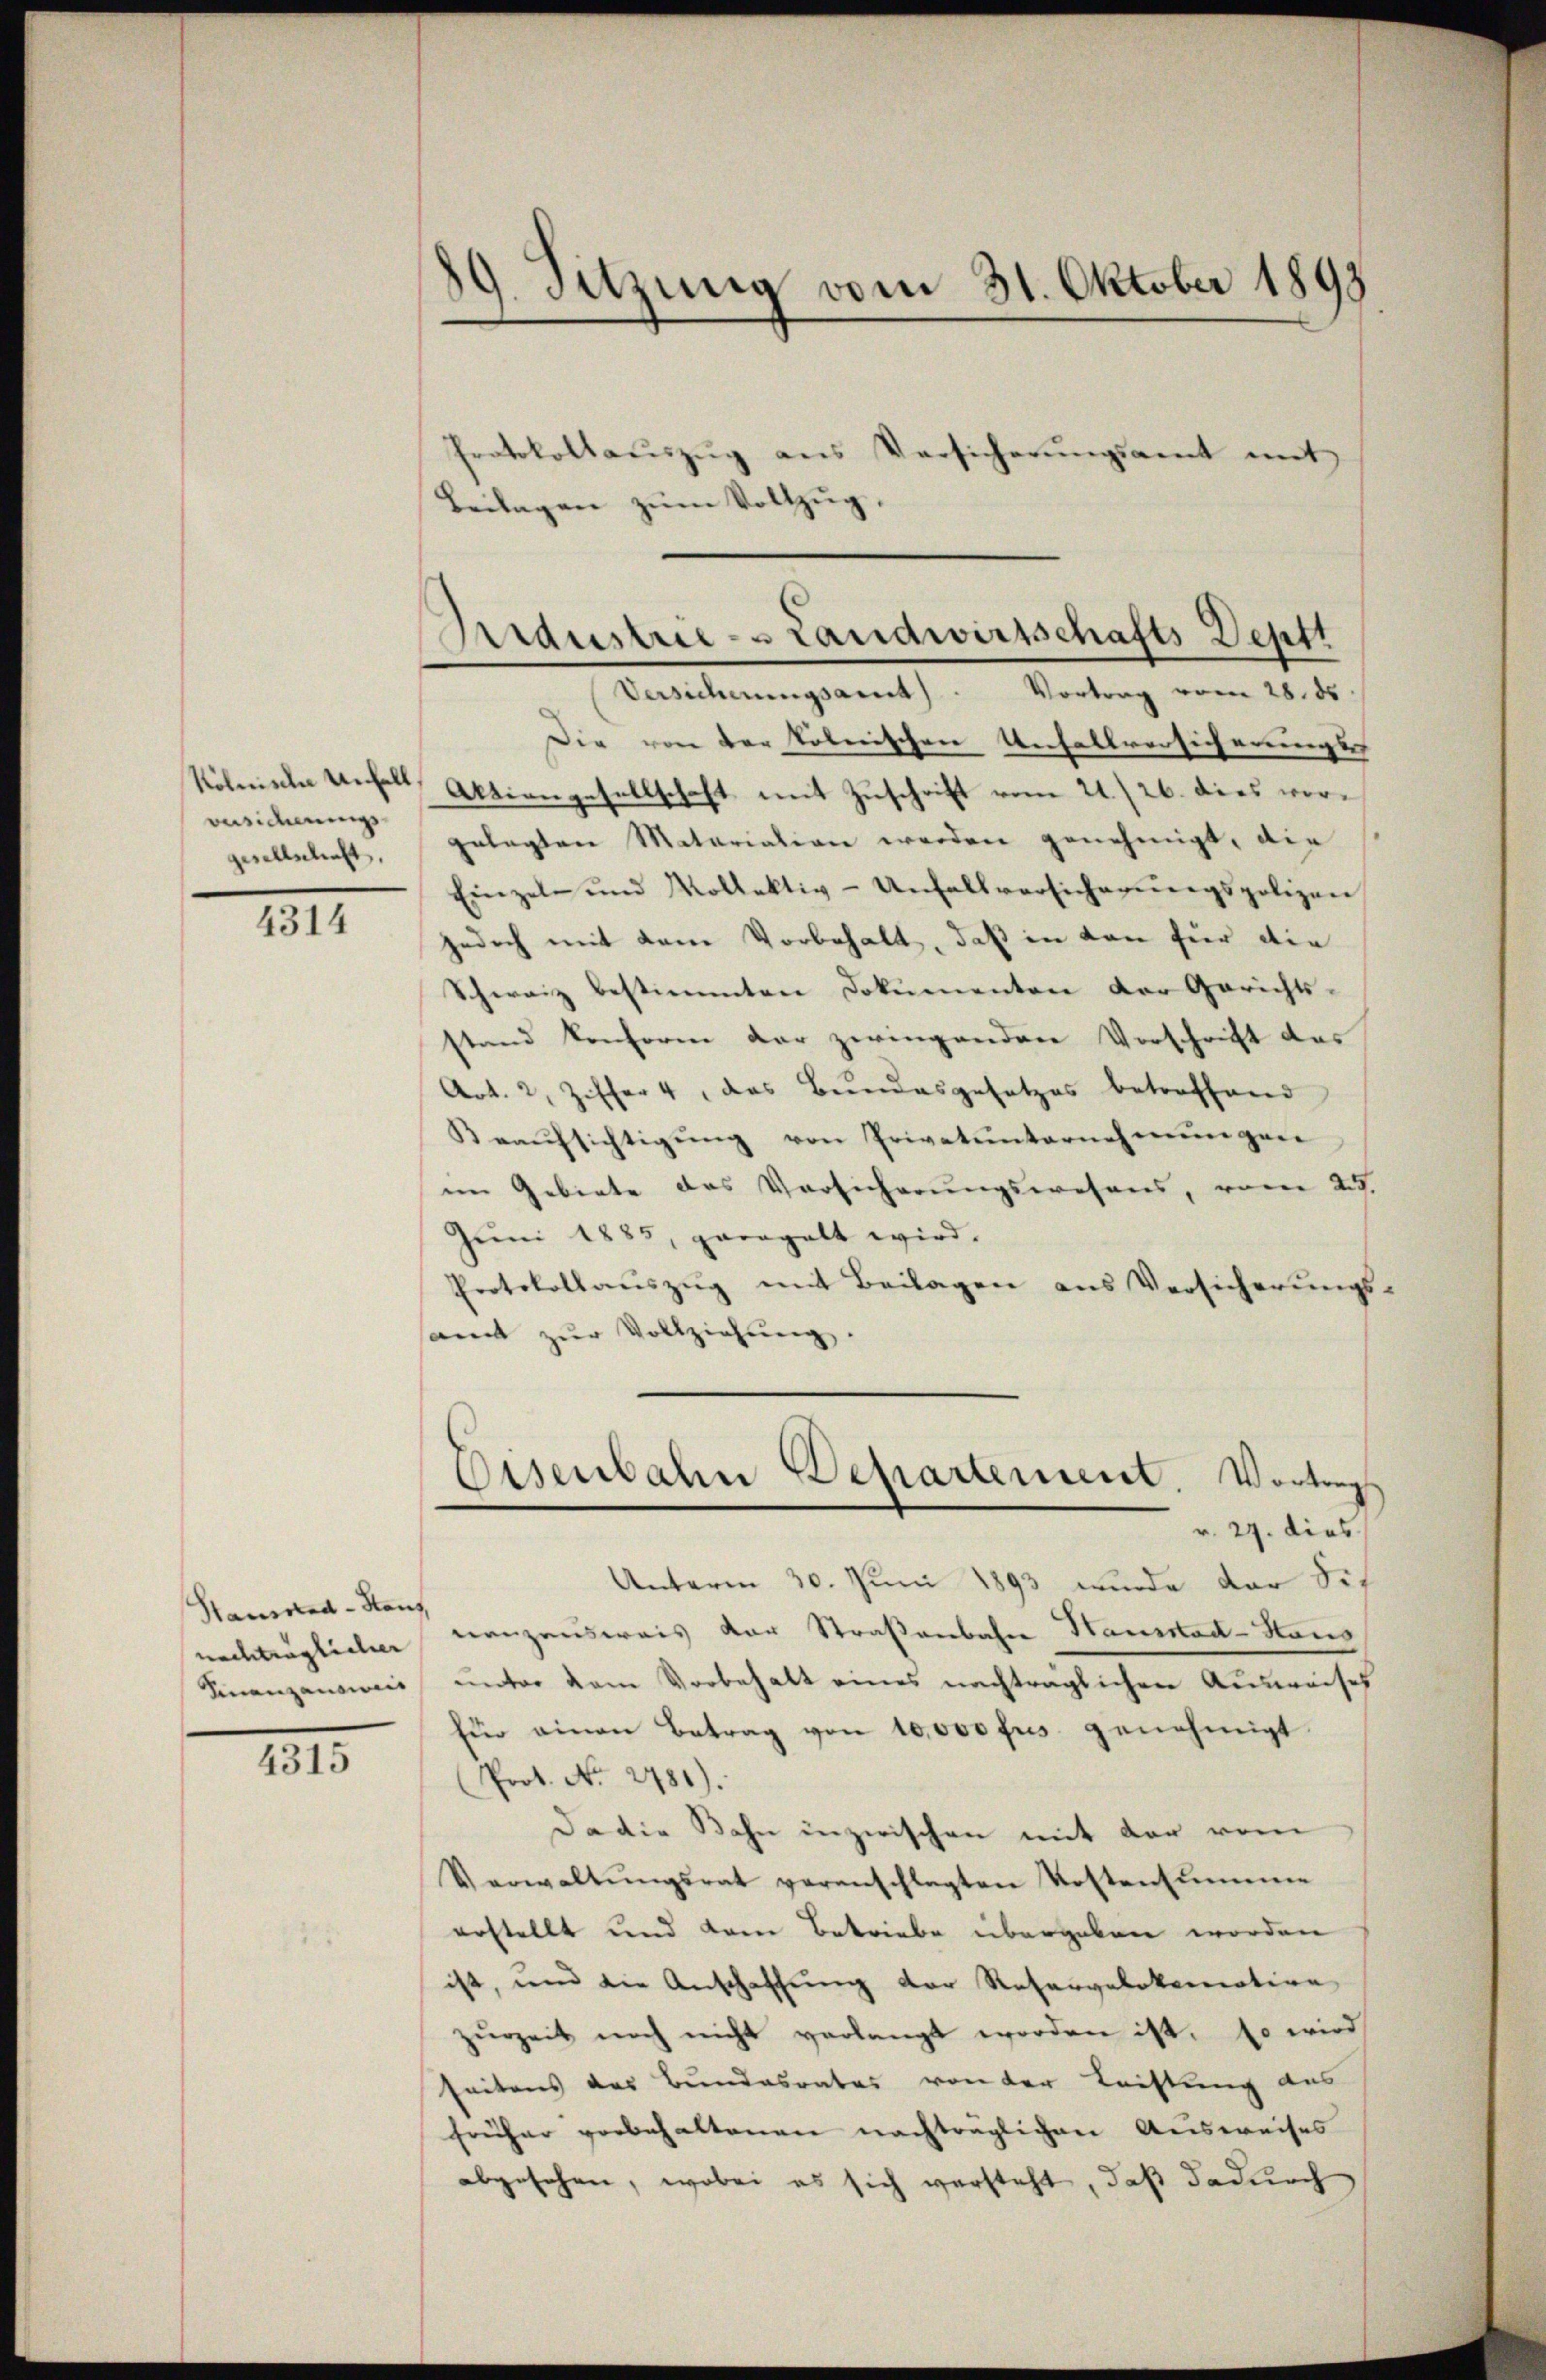
Kölnische Unfall
versicherungs
gesellschaft.

4314

Stausend - Haus
nachträglicher
Finanzanonis

4315

89. Sitzung vom 31. Oktober 1893

Protokollaŭszŭg ans Versicherŭngsamt mit
Beilagen zum Vollzug.

edustrie - Landwirtschafts Deptt
Versicherungsamt. Vortrag vom 28. ds.

Die von der Polnischen Unfallversicherungs-
Aktiengesellschaft mit Zuschrift vom 21./26. dies vorgelegten Matariation werden genehmigt, die
Einzeln und Kollektiv-Unfallversicherŭngspolizen
jedoch mit dem Vorbehalt, daß in von für die
Schweiz bestimmten Dokumenten der Gerichts-
stand konform der zwingenden Vorschrift des
Art. 2, Ziffer 4, das Bundesgesetzes betreffend
Beaufsichtigung von Privatunternehmungen
im Gebiete des Vorsicherungswesens, vom 29.
Juni 1885, paragalt wird.
Protokollaŭszŭg mit Beilagen aus Versicherŭngs-
samt zŭr Vollziehung.
Eisenbahn Departement. Vortrag
r. 29. dies
Unterm 30. Juni 1893 wurde der Sit
nanzausweis der Straßenbahn Hauskad-Haus
unter dem Vorbehalt eines nachträglichen Ausweises
für einen Betrag von 10,000 fus genehmigt.
Prot. No. 2781).
Da die Bahn inzwischen mit der vom
Verwaltŭngsrat veranschlagten Kostente
erstellt und dem Betriebe übergeben worden
ist, und die Anschaffung der Reservelokomotion
zŭrzeit noch nicht verlangt worden ist, so wird
seitens des Bundesrates von der Rechtung des
früher vorbehaltenen nachträglichen Ausweises
abgesehen, wobei es sich versteht, daß dadurch